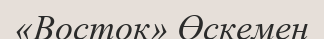
«Восток» Өскемен